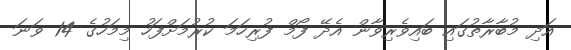
އަދި މުބާރާތުގައި ބައިވެރިވާން އެދޭ ފޯމް ފުރިހަމަ ކުރުމަށްފަހު މިމަހުގެ 14 ވަނަ